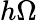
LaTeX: h\Omega